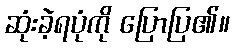
ဆုံးခဲ့ရပုံကို ပြောပြ၏။